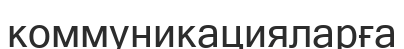
коммуникацияларға